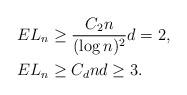
LaTeX: \begin{align*}&EL_n \ge \frac{C_2n}{(\log n)^2} d=2,\\ &EL_n \ge C_dnd\ge3. \end{align*}